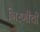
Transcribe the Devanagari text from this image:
गिरणीची